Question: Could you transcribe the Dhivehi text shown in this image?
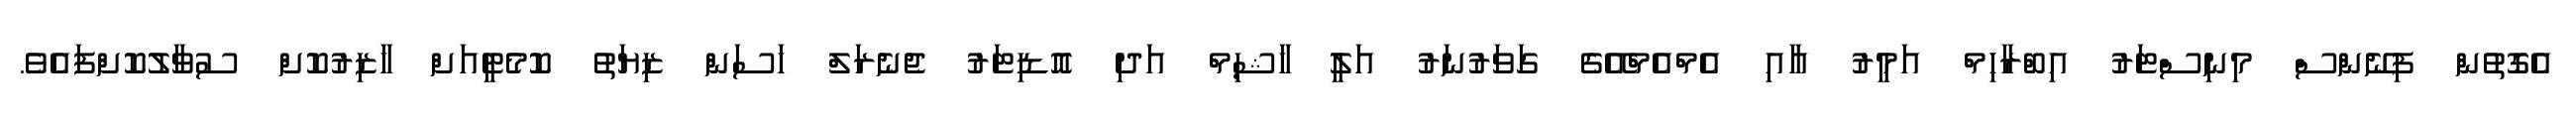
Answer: އެގޮތުން ފިނޭންސް މިނިސްޓަރު އިބްރާހިމް އަމީރު އާއި އެމްއެމްއޭގެ ގަވަރުނަރު އަލީ ހާޝިމް އަދި އޮޑިޓަރު ޖެނެރަލް ހަސަން ޒިޔަތު ކޮމެޓީއަށް ހާޒިރުކޮށް ސުވާލުކޮށްފައެވެ.